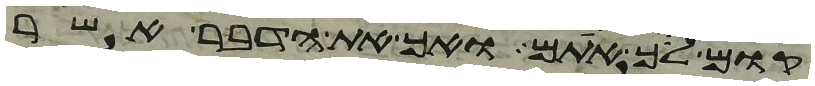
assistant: קום לך אתם ואך את הדבר אשר